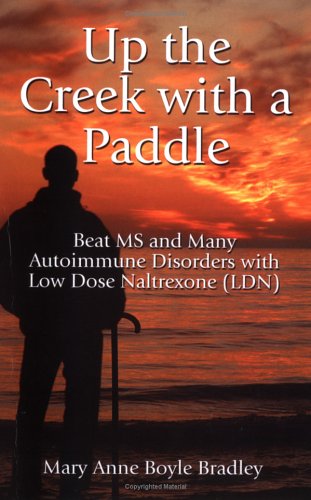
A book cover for Up the Creek with a Paddle: Beat MS and Many Autoimmune Disorders with Low Dose Naltrexone (LDN); Mary Anne Boyle Bradley; Health, Fitness & Dieting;